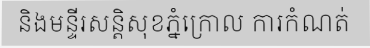
និងមន្ទីរសន្តិសុខភ្នំក្រោល ការកំណត់